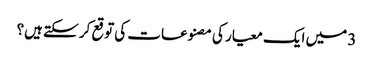
3 میں ایک معیار کی مصنوعات کی توقع کر سکتے ہیں؟